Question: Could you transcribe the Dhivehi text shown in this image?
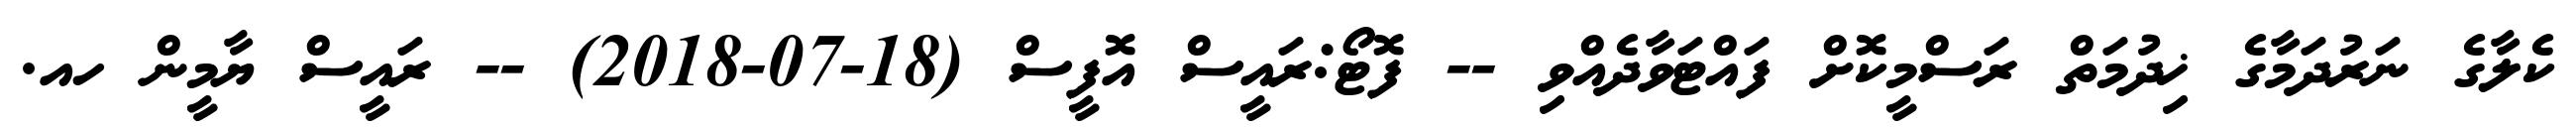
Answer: ކެލާގެ ނަރުދަމާގެ ޚިދުމަތް ރަސްމީކޮށް ފައްޓަވާދެއްވި -- ފޮޓޯ:ރައީސް އޮފީސް (18-07-2018) -- ރައީސް ޔާމީން ހއ.